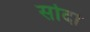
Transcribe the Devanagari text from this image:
सोदा